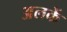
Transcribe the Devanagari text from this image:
अलकें